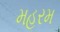
મહરમ